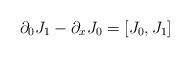
LaTeX: \begin{align*} \partial_{0} J_{1} - \partial_{x} J_{0} = [ J_{0},J_{1} ]\end{align*}